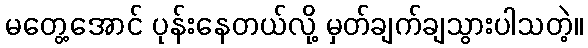
မတွေ့အောင် ပုန်းနေတယ်လို့ မှတ်ချက်ချသွားပါသတဲ့။